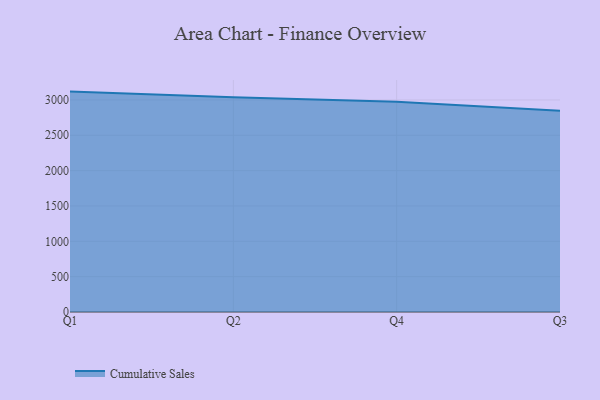
{"axis": {"x": "Quarter", "y": "Net Income (USD K)"}, "legend": ["Cumulative Sales"], "data": [{"x": "Q1", "y": 3118.1, "type": "Cumulative Sales"}, {"x": "Q2", "y": 3038.1, "type": "Cumulative Sales"}, {"x": "Q4", "y": 2973.1, "type": "Cumulative Sales"}, {"x": "Q3", "y": 2847.7, "type": "Cumulative Sales"}]}